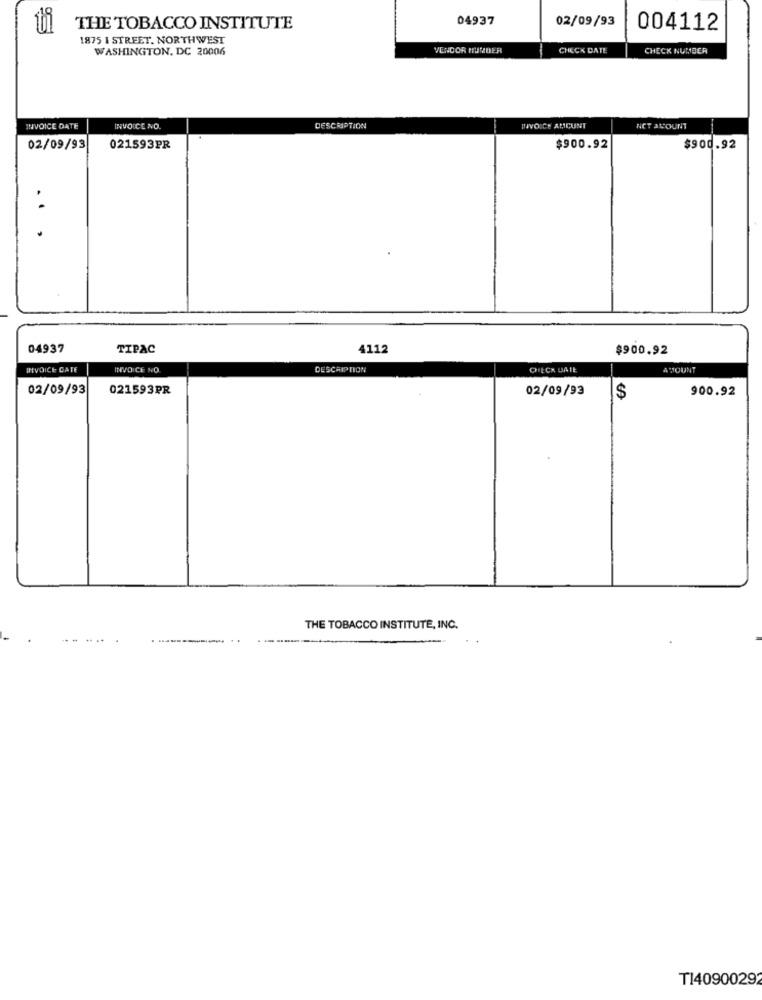
04937
02/09/93
THE TOBACCO INSTITUTE
004112
1875 1 STREET. NORTHWEST
WASHINGTON, DC 20006
VENCOR HUMBER
CHECK DATE
CHECK NUMBER
INVOICE DATE
INVOICE NO.
DESCRIPTION
INVOICE AMCUNT
NET AMOUNT
02/09/93
021593PR
$900.92
$900.92
..
04937
TIPAC
4112
$900.92
INVOICE DATE
INVOICE NO
DESCRIPTION
CHECK DATE
--
AMOUNT
02/09/93
021593PR
02/09/93
900.92
$
THE TOBACCO INSTITUTE, INC.
T14090029